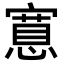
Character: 𭔗